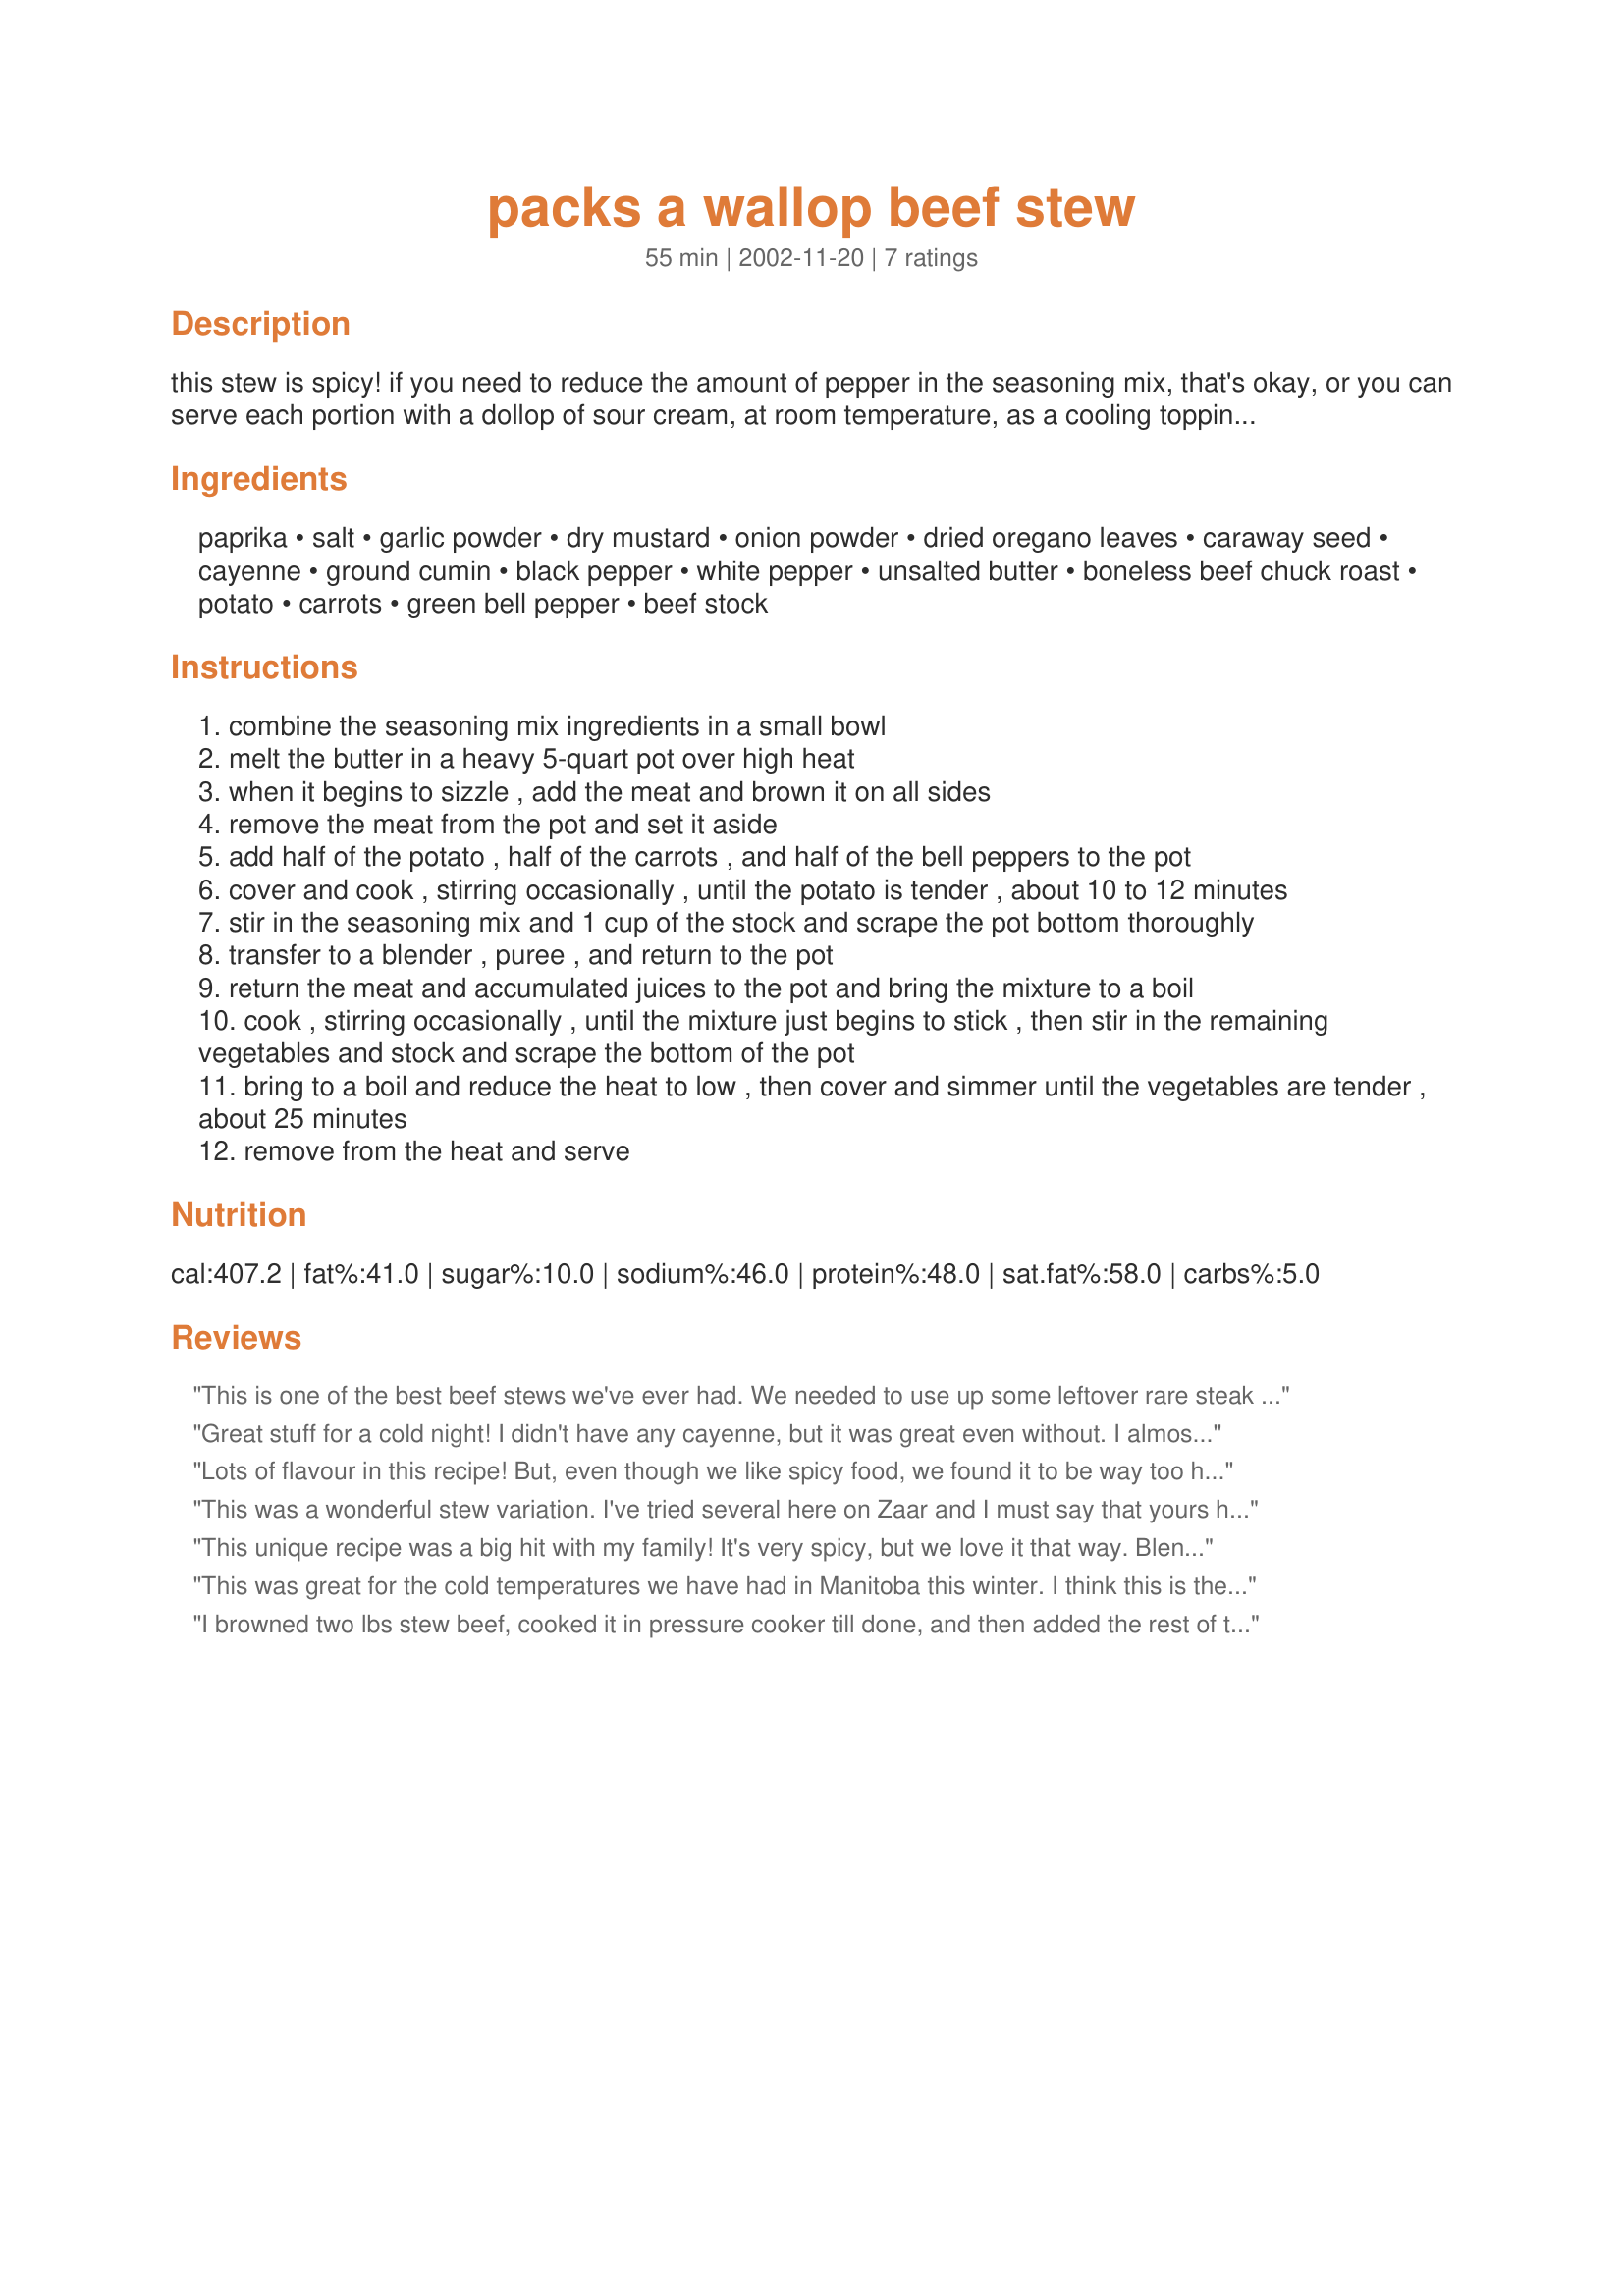
packs a wallop beef stew
Preparation time: 55 minutes

this stew is spicy! if you need to reduce the amount of pepper in the seasoning mix, that's okay, or you can serve each portion with a dollop of sour cream, at room temperature, as a cooling topping. delicious! the british made lots of beef stews, and then chef paul prudhomme added some extra spice!

Ingredients:
paprika, salt, garlic powder, dry mustard, onion powder, dried oregano leaves, caraway seed, cayenne, ground cumin, black pepper, white pepper, unsalted butter, boneless beef chuck roast, potato, carrots, green bell pepper, beef stock

Steps:
combine the seasoning mix ingredients in a small bowl
melt the butter in a heavy 5-quart pot over high heat
when it begins to sizzle , add the meat and brown it on all sides
remove the meat from the pot and set it aside
add half of the potato , half of the carrots , and half of the bell peppers to the pot
cover and cook , stirring occasionally , until the potato is tender , about 10 to 12 minutes
stir in the seasoning mix and 1 cup of the stock and scrape the pot bottom thoroughly
transfer to a blender , puree , and return to the pot
return the meat and accumulated juices to the pot and bring the mixture to a boil
cook , stirring occasionally , until the mixture just begins to stick , then stir in the remaining vegetables and stock and scrape the bottom of the pot
bring to a boil and reduce the heat to low , then cover and simmer until the vegetables are tender , about 25 minutes
remove from the heat and serve

Reviews:
This is one of the best beef stews we've ever had. We needed to use up some leftover rare steak and beef tenderloin, and decided to use this recipe because we love spicy food. I had closer to 2 1/4 pounds of beef, but I diced it, browned it, and proceeded as if it were raw. I made it exactly as directed, with one exception: I didn't have caraway seeds. I'll look forward to trying this recipe with them, but even without it was fabulous. Pureeing half the stock and sauteed veggies was a wonderful way to thicken the stew without flour. This was extremely flavorful, beefy, spicy, and just the perfect dish for an icy, cold winter day. GREAT recipe that we'll make often. The only change I might consider is adding more broth and veggies, and possibly adding whole garlic cloves. But as it is, it's a stunningly delicious dish.
Great stuff for a cold night! I didn't have any cayenne, but it was great even without. I almost wonder if the cayenne wouldn't compete with the interesting combination of paprika and caraway- but in any event, it's a keeper in our house. I did add quite a few more potatoes and carrots than was called for.
Lots of flavour in this recipe! But, even though we like spicy food, we found it to be way too hot. The stew was very, very thick and not that appealing to the eye. It seemed like a lot of work.
This was a wonderful stew variation. I've tried several here on Zaar and I must say that yours has the best flavor! I used some leftover sirloin steak and extra of all the veggies. Love the thickening method too! Thanks!
This unique recipe was a big hit with my family! It's very spicy, but we love it that way. Blending the starchy veggies and broth to make the gravy was a wonderful touch. The spices gave it that nice dark tan color without any tomato sauce in the recipe. I'm used to cooking beef stew for a long time to tenderize the chuck and blend the flavors, so I was surprised how tender the small pieces of beef were, and how flavorful the stew was in such a short time. I used my butcher's recommendation for a "chuck tender" that I had never tried before. It was very lean and delicious. Thanks so much for sharing this "keeper".
This was great for the cold temperatures we have had in Manitoba this winter. I think this is the best beef stew I have made and I love the spices. I have frozen serving portions in marg containers and this way I can take one to work for lunch and heat up in the mic. I will make it again.
I browned two lbs stew beef, cooked it in pressure cooker till done, and then added the rest of the ingredients to the meat and cooked it without pressure. We used 1/4 t cayenne and no white pepper. It still has a nice kick, but is not too hot. I didn't want that few vegetables, so I created a medley with 2c butternut squash, 1 green pepper and 2 c corn, a handful of button mushrooms and one carrot. Last, I added a can of stewed tomatoes, whirred in the blender to smooth them. 

I gave what was left of it away in a clear quart jar. It is a great "guy gift" for a teacher. It has beautiful colors - orange squash, green pepper, red brown broth/gravy and yellow corn with the brown meat cubes. I did not precook the vegetables to thicken the stew, but just served as is and it got fairly thick. 

I'd double this recipe and serve to guests. It is a keeper.
